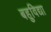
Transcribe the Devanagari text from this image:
बहुविद्या